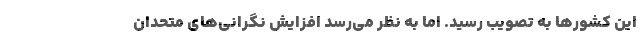
این کشورها به تصویب رسید. اما به نظر می‌رسد افزایش نگرانی‌های متحدان